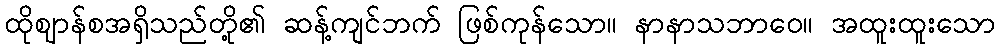
ထိုဈာန်စအရှိသည်တို့၏ ဆန့်ကျင်ဘက် ဖြစ်ကုန်သော။ နာနာသဘာဝေ။ အထူးထူးသော